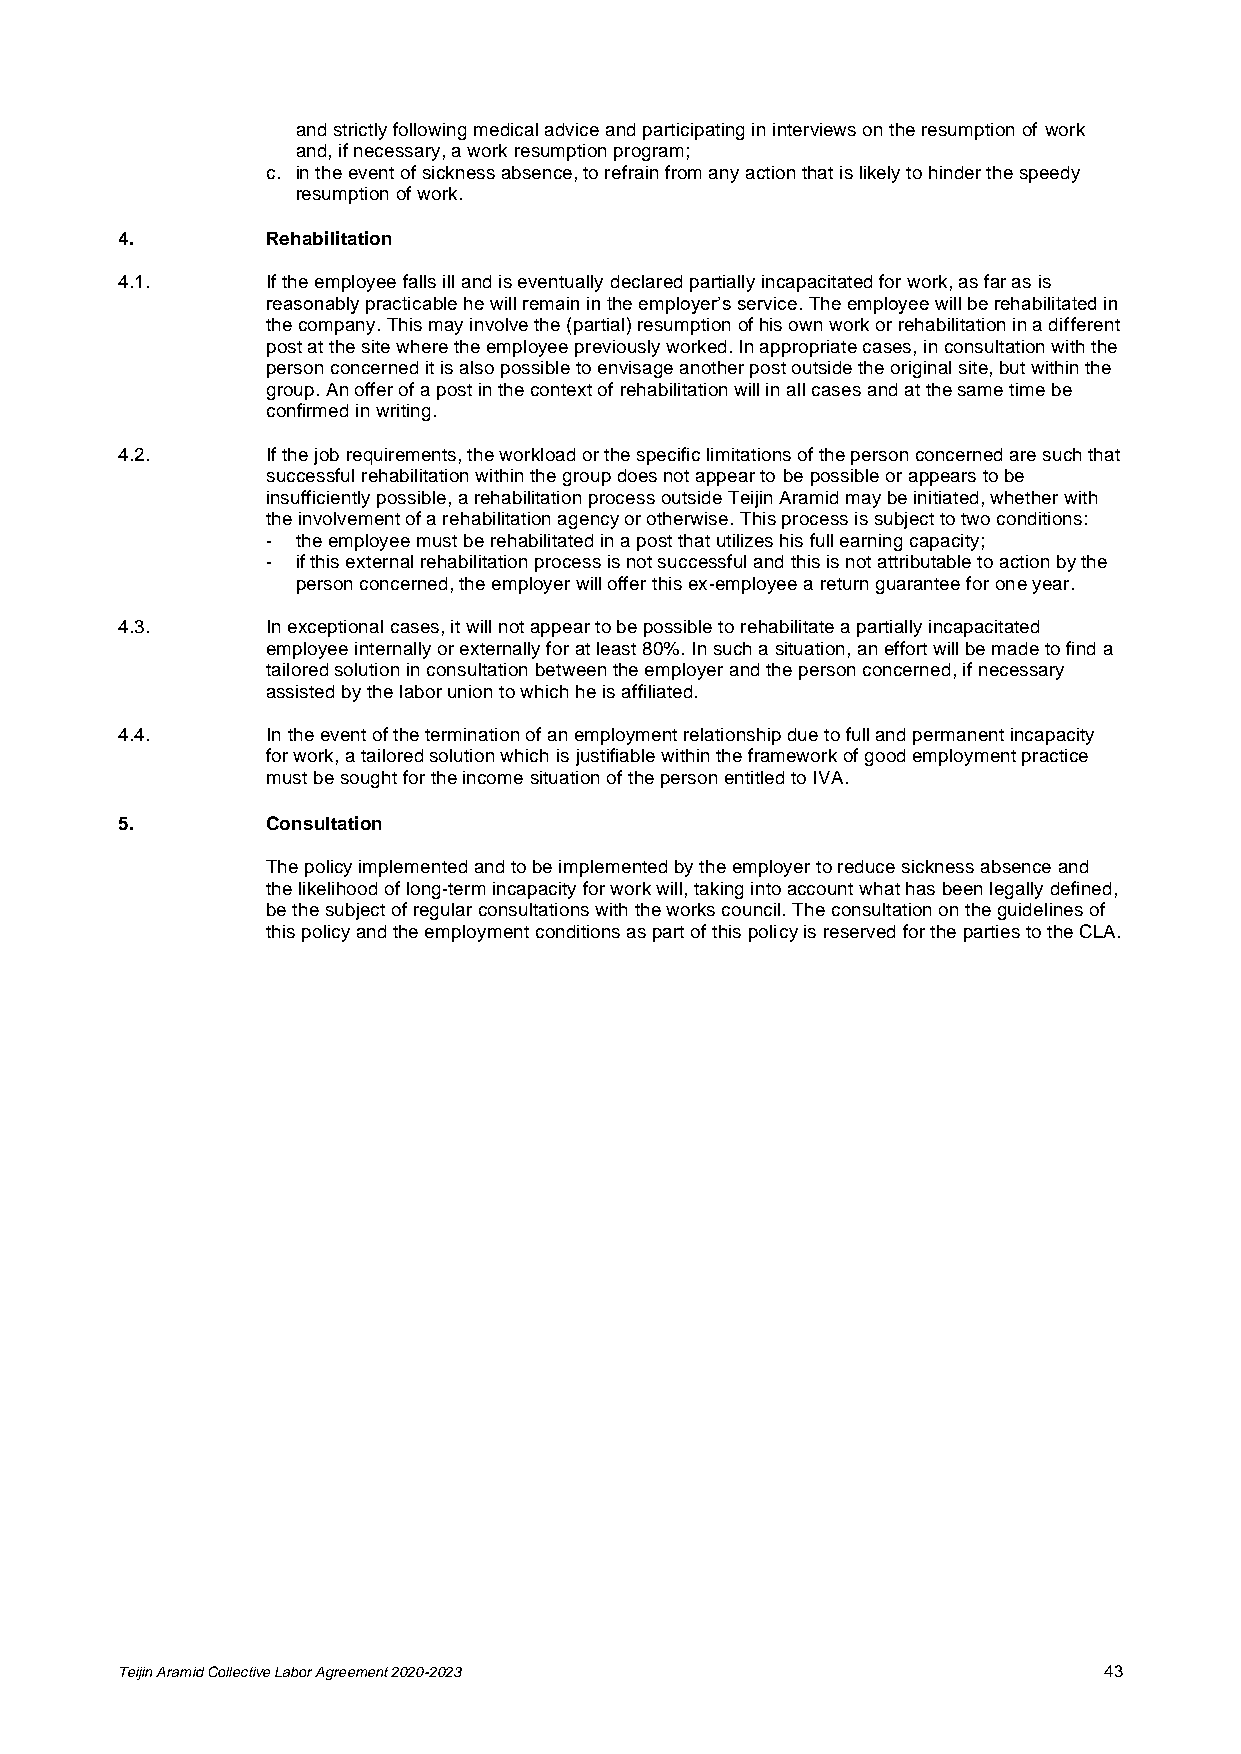
and strictly following medical advice and participating in interviews on the resumption of work
 and, if necessary, a work resumption program;
 c. in the event of sickness absence, to refrain from any action that is likely to hinder the speedy
 resumption of work.
 4.        Rehabilitation
 4.1.      If the employee falls ill and is eventually declared partially incapacitated for work, as far as is
 reasonably practicable he will remain in the employer’s service. The employee will be rehabilitated in
 the company. This may involve the (partial) resumption of his own work or rehabilitation in a different
 post at the site where the employee previously worked. In appropriate cases, in consultation with the
 person concerned it is also possible to envisage another post outside the original site, but within the
 group. An offer of a post in the context of rehabilitation will in all cases and at the same time be
 confirmed in writing.
 4.2.      If the job requirements, the workload or the specific limitations of the person concerned are such that
 successful rehabilitation within the group does not appear to be possible or appears to be
 insufficiently possible, a rehabilitation process outside Teijin Aramid may be initiated, whether with
 the involvement of a rehabilitation agency or otherwise. This process is subject to two conditions:
 - the employee must be rehabilitated in a post that utilizes his full earning capacity;
 - if this external rehabilitation process is not successful and this is not attributable to action by the
 person concerned, the employer will offer this ex-employee a return guarantee for one year.
 4.3.      In exceptional cases, it will not appear to be possible to rehabilitate a partially incapacitated
 employee internally or externally for at least 80%. In such a situation, an effort will be made to find a
 tailored solution in consultation between the employer and the person concerned, if necessary
 assisted by the labor union to which he is affiliated.
 4.4.      In the event of the termination of an employment relationship due to full and permanent incapacity
 for work, a tailored solution which is justifiable within the framework of good employment practice
 must be sought for the income situation of the person entitled to IVA.
 5.        Consultation
 The policy implemented and to be implemented by the employer to reduce sickness absence and
 the likelihood of long-term incapacity for work will, taking into account what has been legally defined,
 be the subject of regular consultations with the works council. The consultation on the guidelines of
 this policy and the employment conditions as part of this policy is reserved for the parties to the CLA.
 Teijin Aramid Collective Labor Agreement 2020-2023               43